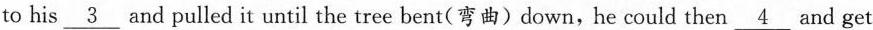
to his \underline 3 and pulled it until the tree bent（弯曲)down, he could then \underline 4 and get